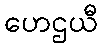
ဟေဌယီ